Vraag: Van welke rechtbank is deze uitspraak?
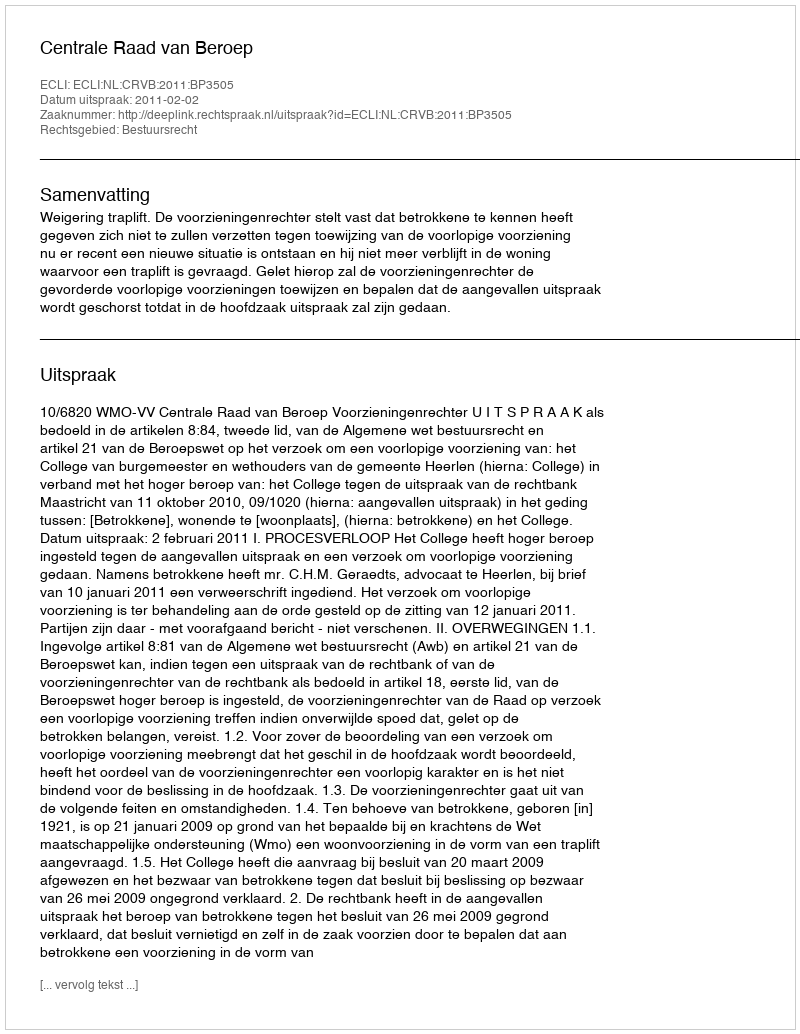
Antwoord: Centrale Raad van Beroep